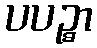
ပပဉ္စာ